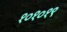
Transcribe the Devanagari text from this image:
१०१०१९